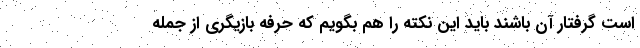
است گرفتار آن باشند باید این نکته را هم بگویم که حرفه بازیگری از جمله